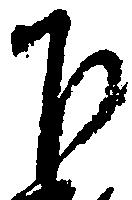
下